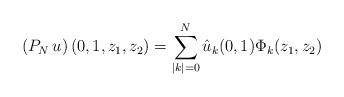
LaTeX: \begin{align*}\left(P_N \, u\right)(0,1,z_1, z_2)=\sum_{|k|=0}^{N} \hat{u}_k(0,1)\Phi_k(z_1, z_2)\end{align*}